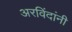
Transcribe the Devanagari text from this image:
अरविंदांनी